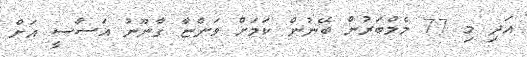
އަދި މި 77 މެމްބަރުން ބޭނުން ކަމަށް ވަންޏާ ގާނޫނު އަސާސީ އަށް